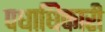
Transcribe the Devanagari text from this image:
पधाधिकारी